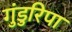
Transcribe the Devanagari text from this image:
गुंडुरिपा